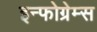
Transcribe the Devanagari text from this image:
इन्फोग्रेम्स